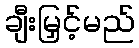
ချီးမြှင့်မည်